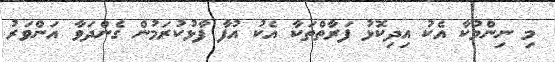
މި ނިންމުކާ އެކު އިދިކޮޅު ފަރާތްތަކާ އެކު އުފާ ފާޅުކުރަމުން ގެންދަވާ އަންވަރު